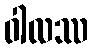
ဝါလဿ